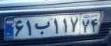
۶۱ب۱۱۷۷۴